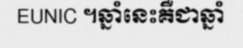
EUNIC ។ឆ្នាំនេះគឺជាឆ្នាំ